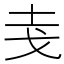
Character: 𭟯